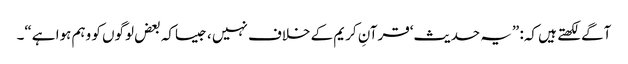
آگے لکھتے ہیں کہ: ”یہ حدیث‘قرآنِ کریم کے خلاف نہیں ، جیساکہ بعض لوگوں کو وہم ہوا ہے“۔